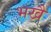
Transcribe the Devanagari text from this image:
भखै